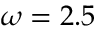
\omega = 2 . 5